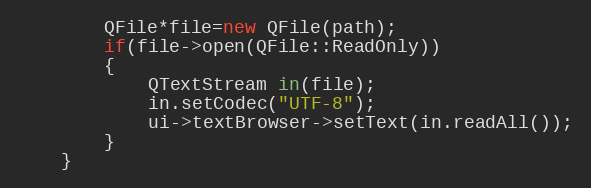
Language: C++
        QFile*file=new QFile(path);
        if(file->open(QFile::ReadOnly))
        {
            QTextStream in(file);
            in.setCodec("UTF-8");
            ui->textBrowser->setText(in.readAll());
        }
    }